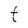
Character: t